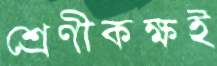
শ্রেণীকক্ষই